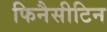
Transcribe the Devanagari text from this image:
फिनैसीटिन